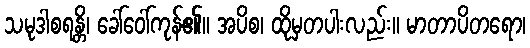
သမုဒါစရန္တိ၊ ခေါ်ဝေါ်ကုန်၏။ အပိစ၊ ထိုမှတပါးလည်း။ မာတာပိတရော၊